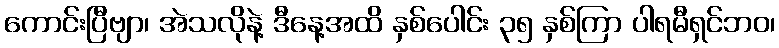
ကောင်းပြီဗျာ၊ အဲသလိုနဲ့ ဒီနေ့အထိ နှစ်ပေါင်း ၃၅ နှစ်ကြာ ပါရမီရှင်ဘဝ၊